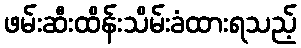
ဖမ်းဆီးထိန်းသိမ်းခံထားရသည့်